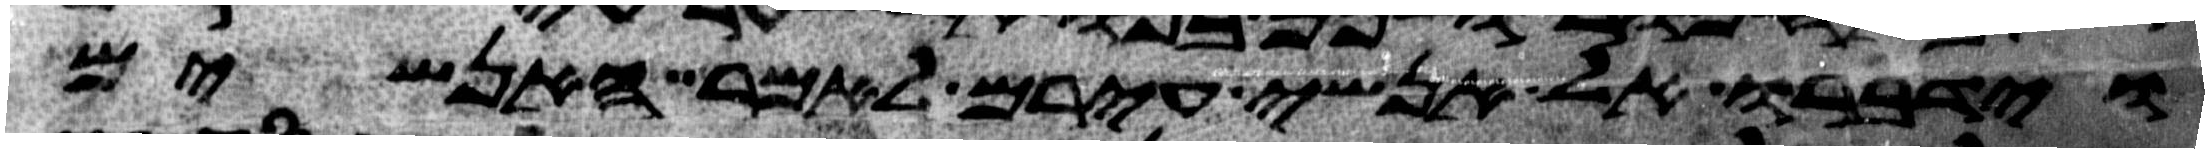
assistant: וידברו אל אנשי עירם לאמר האנשים